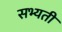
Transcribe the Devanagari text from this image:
सभ्यती